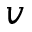
v